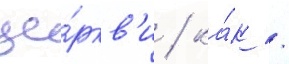
це́ркв'и / ка́к /